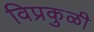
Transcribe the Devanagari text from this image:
विप्रकुळी